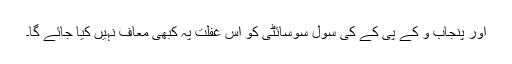
اور پنجاب و کے پی کے کی سول سوسائٹی کو اس غفلت پہ کبھی معاف نہیں کیا جائے گا۔